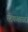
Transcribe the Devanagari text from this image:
स्टेकआउट